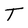
Character: T